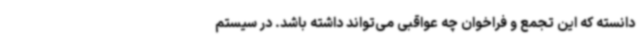
دانسته که این تجمع و فراخوان چه عواقبی می‌تواند داشته باشد. در سیستم